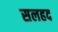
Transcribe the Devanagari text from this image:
सलहद